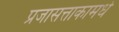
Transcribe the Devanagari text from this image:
प्रजासत्ताकामधे